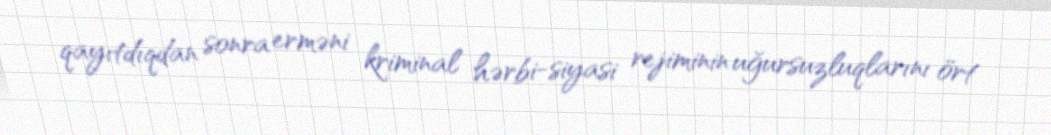
qayıtdıqdan sonra erməni kriminal hərbi-siyasi rejiminin uğursuzluqlarını ört